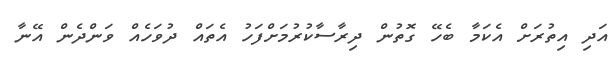
އަދި އިތުރަށް އެކަމާ ބެހޭ ގޮތުން ދިރާސާކުރުމަށްފަހު އެތައް ދުވަހެއް ވަންދެން އޭނާ